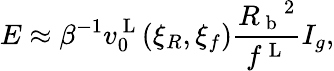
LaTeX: E\approx\beta^{-1}v_{0}^{\mathrm{~L~}}(\xi_{R},\xi_{f})\frac{{R_{\mathrm{~b~}}}^{2}}{f^{\mathrm{~L~}}}I_{g},